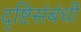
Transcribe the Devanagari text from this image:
दृष्टिसंबंधी